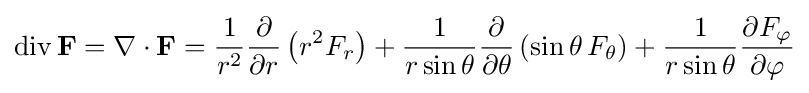
\operatorname {div} \mathbf {F} =\nabla \cdot \mathbf {F} ={\frac {1}{r^{2}}}{\frac {\partial }{\partial r}}\left(r^{2}F_{r}\right)+{\frac {1}{r\sin \theta }}{\frac {\partial }{\partial \theta }}\left(\sin \theta \,F_{\theta }\right)+{\frac {1}{r\sin \theta }}{\frac {\partial F_{\varphi }}{\partial \varphi }}